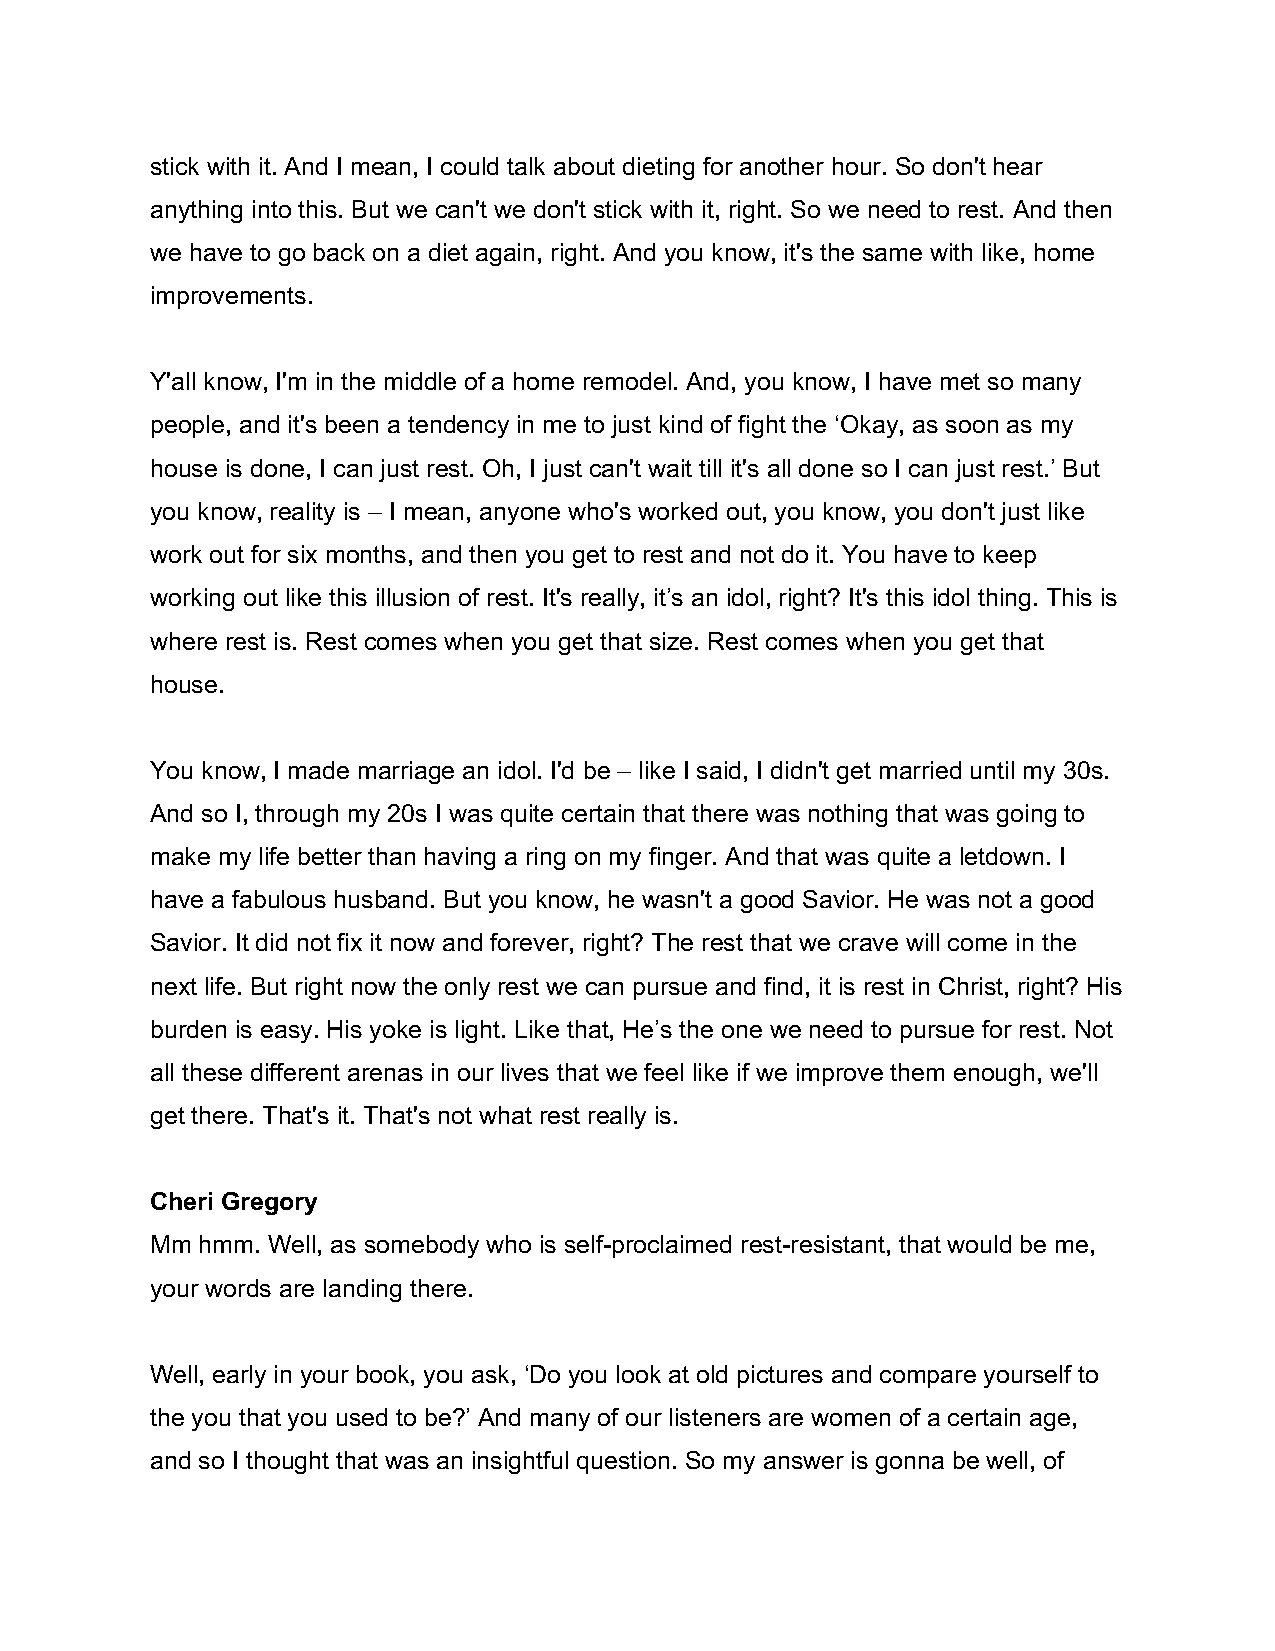
stick with it. And I mean, I could talk about dieting for another hour. So don't hear
 anything into this. But we can't we don't stick with it, right. So we need to rest. And then
 we have to go back on a diet again, right. And you know, it's the same with like, home
 improvements.
 Y'all know, I'm in the middle of a home remodel. And, you know, I have met so many
 people, and it's been a tendency in me to just kind of fight the ‘Okay, as soon as my
 house is done, I can just rest. Oh, I just can't wait till it's all done so I can just rest.’ But
 you know, reality is – I mean, anyone who's worked out, you know, you don't just like
 work out for six months, and then you get to rest and not do it. You have to keep
 working out like this illusion of rest. It's really, it’s an idol, right? It's this idol thing. This is
 where rest is. Rest comes when you get that size. Rest comes when you get that
 house.
 You know, I made marriage an idol. I'd be – like I said, I didn't get married until my 30s.
 And so I, through my 20s I was quite certain that there was nothing that was going to
 make my life better than having a ring on my finger. And that was quite a letdown. I
 have a fabulous husband. But you know, he wasn't a good Savior. He was not a good
 Savior. It did not fix it now and forever, right? The rest that we crave will come in the
 next life. But right now the only rest we can pursue and find, it is rest in Christ, right? His
 burden is easy. His yoke is light. Like that, He’s the one we need to pursue for rest. Not
 all these different arenas in our lives that we feel like if we improve them enough, we'll
 get there. That's it. That's not what rest really is.
 Cheri Gregory
 Mm hmm. Well, as somebody who is self-proclaimed rest-resistant, that would be me,
 your words are landing there.
 Well, early in your book, you ask, ‘Do you look at old pictures and compare yourself to
 the you that you used to be?’ And many of our listeners are women of a certain age,
 and so I thought that was an insightful question. So my answer is gonna be well, of